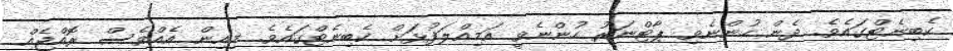
ކެބިނެޓްގައެވެ. ދެން ހުންނެވި ޕާޓްނަރު ހުންނެވީ އަމިއްލަފުޅަށް ކެބިނެޓްގައެވެ. މިއިން އެއްވެސް ރޮއްޖެއް